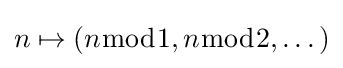
n\mapsto (n{\bmod {1}},n{\bmod {2}},\dots )